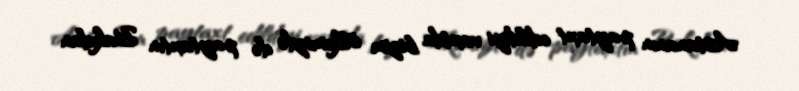
Astananın paytaxt edildiyi vaxtda bizim ölkəmizdə də paytaxtın Bakıdan